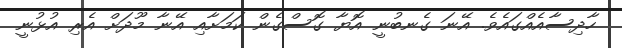
ހާދިސާއެއްގައެވެ. އޭނަ ގެނބުނީ އޮޔާ ގޮސްގެން ކަމަށާއި އޭނާ މޫދަށް އެރި އުޅުނީ